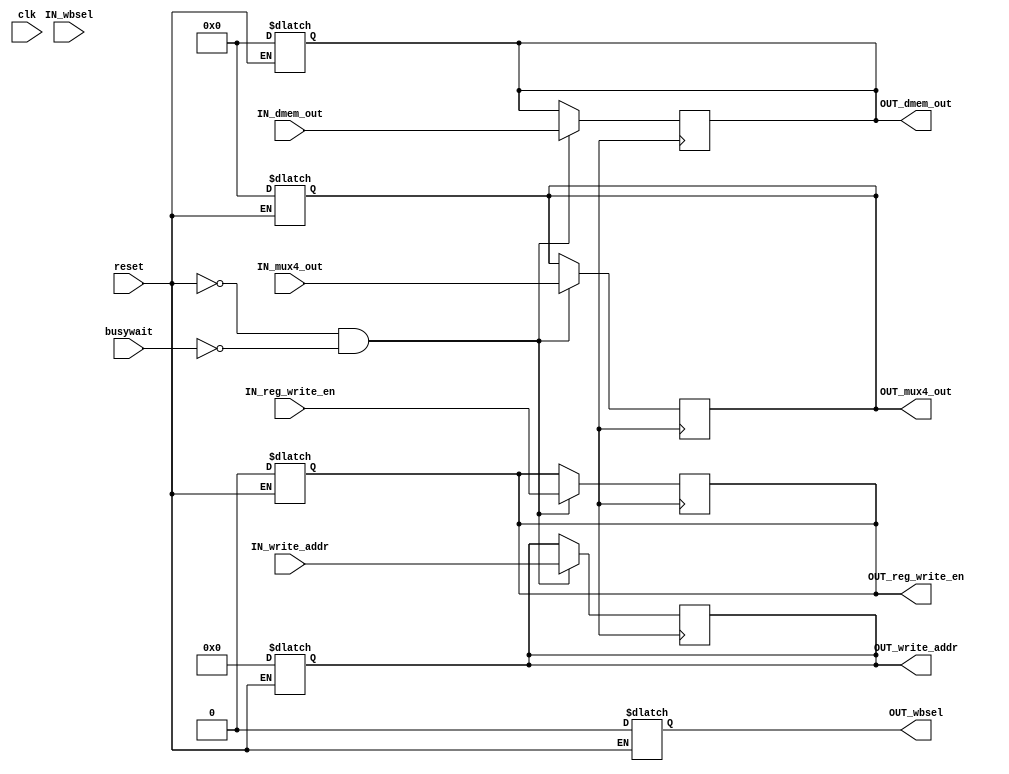
module pipeline3 (
    IN_write_addr,
    IN_mux4_out,
    IN_dmem_out,
    IN_wbsel,
    IN_reg_write_en,
    OUT_write_addr,
    OUT_mux4_out,
    OUT_dmem_out,
    OUT_wbsel,
    OUT_reg_write_en,
    clk,
    reset,
    busywait
);

// Port declaration
input [4:0] IN_write_addr; 
input [31:0] IN_mux4_out, IN_dmem_out;
input IN_wbsel, IN_reg_write_en;
input clk, reset, busywait;

output reg [4:0] OUT_write_addr; 
output reg [31:0] OUT_mux4_out, OUT_dmem_out;
output reg OUT_wbsel, OUT_reg_write_en;

// Reset the pipeline register
always @(*) begin
    if (reset) begin
        #1;
        OUT_write_addr = 5'd0;
        OUT_mux4_out = 32'd0;
        OUT_dmem_out = 32'd0;
        OUT_wbsel = 1'd0;
        OUT_reg_write_en = 1'd0;
    end
end

// write to privious stage values to the pipeline registers on the positive clock edge
// timing ????
always @(posedge CLK) begin
    if(!reset & !busywait) begin
        #3;
        OUT_write_addr <= IN_write_addr;
        OUT_mux4_out <= IN_mux4_out;
        OUT_dmem_out <= IN_dmem_out;
        OUT_reg_write_en <= IN_reg_write_en;
    end
end
    
endmodule